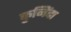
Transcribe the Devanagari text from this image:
कुनिंदा